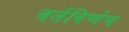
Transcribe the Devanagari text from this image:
वर्तविणेच